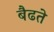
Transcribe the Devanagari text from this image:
बैढते